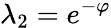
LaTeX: \lambda_{2}=e^{-\varphi}